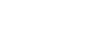
ကွင်းထဲမှ